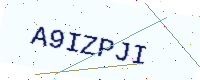
Text: A9IZPJI